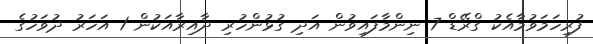
ފުރިހަމަވުމާއެކު ގްރޭޑް 7 ނިންމާފައިވުން އަދި ގުޅުންހުރި ދާއިރާއަކުން 1 އަހަރު ދުވަހުގެ